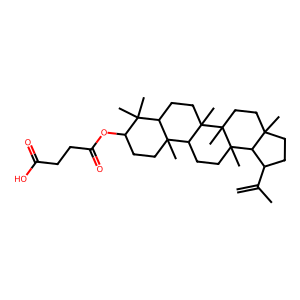
SMILES: C=C(C)C1CCC2(C)CCC3(C)C(C)(CCC4C5(C)CCC(OC(=O)CCC(=O)O)C(C)(C)C5CCC43C)C12
Inhibits HIV replication: Yes